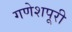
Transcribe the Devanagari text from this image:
गणेशपूरी